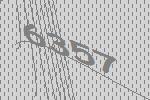
6357